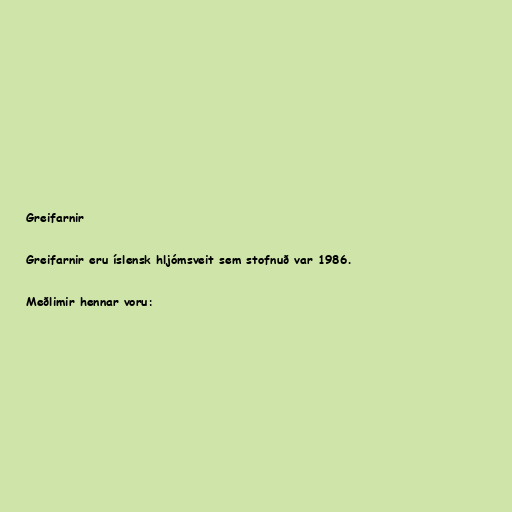
Greifarnir

Greifarnir eru íslensk hljómsveit sem stofnuð var 1986.

Meðlimir hennar voru: